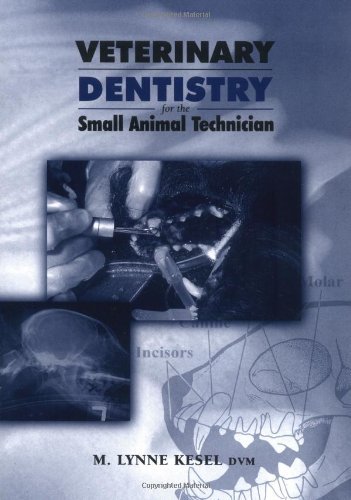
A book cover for Veterinary Dentistry for the Small Animal Technician [Paperback] [2000] (Author) M. Lynne Kesel; Medical Books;